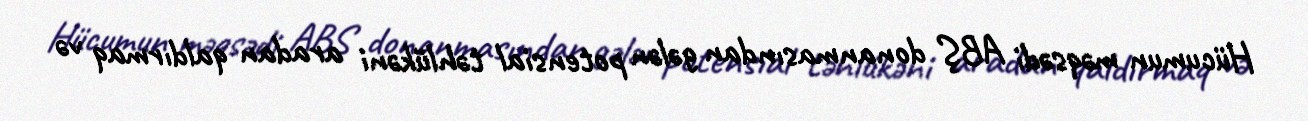
Hücumun məqsədi ABŞ donanmasından gələn potensial təhlükəni aradan qaldırmaq və